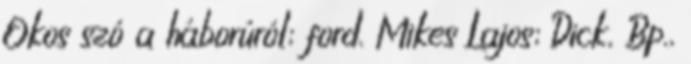
Okos szó a háborúról; ford. Mikes Lajos; Dick, Bp.,